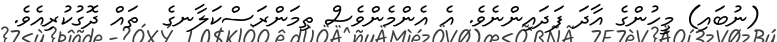
(ނުބައި) މީހުންގެ އާދަ ފަދައިންނެވެ. އެ އެންމެންވެސް ތިމަންރަސްކަލާނގެ  ތައް ދޮގުކުރިއެވެ.